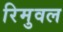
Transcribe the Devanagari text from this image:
रिमुवल